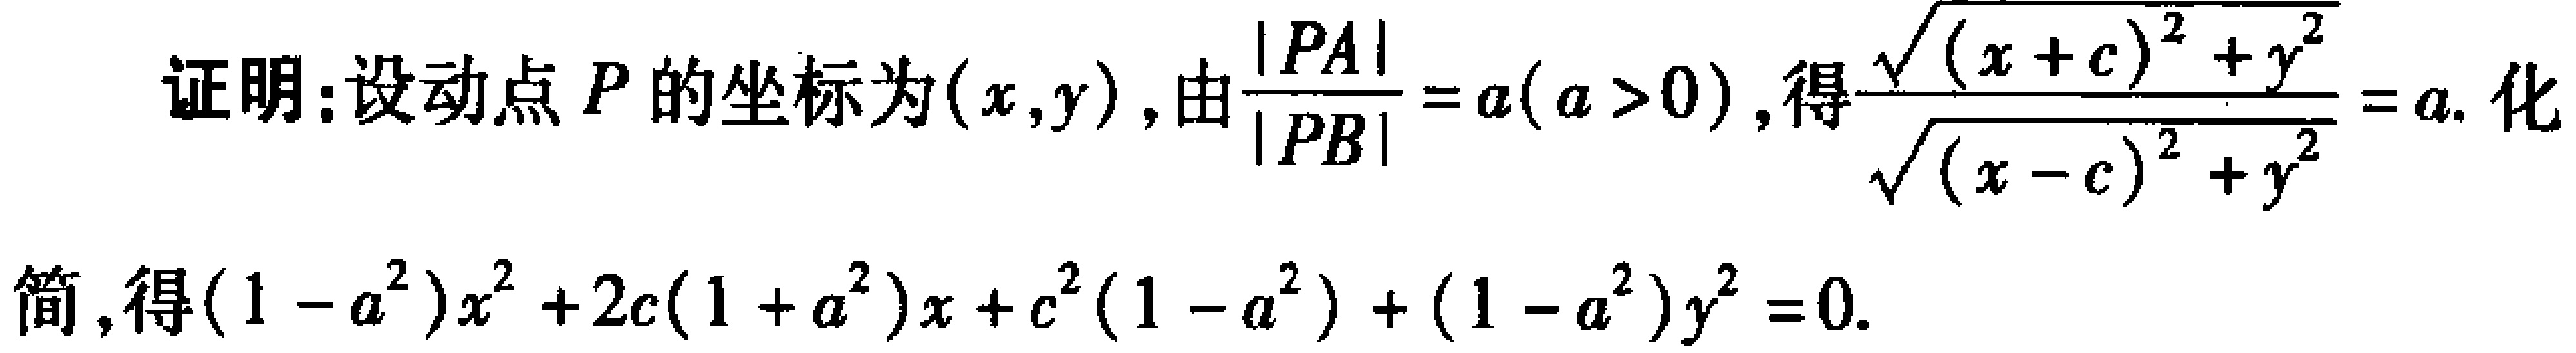
证明：设动点 \(P\) 的坐标为 \((x,y)\)，由 \(\frac{|PA|}{|PB|}=a(a > 0)\)，得 \(\frac{\sqrt{(x + c)^{2}+y^{2}}}{\sqrt{(x - c)^{2}+y^{2}}}=a\). 化简，得 \((1 - a^{2})x^{2}+2c(1 + a^{2})x + c^{2}(1 - a^{2})+(1 - a^{2})y^{2}=0\).